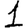
Digit: 1